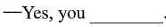
——Yes, you ___.